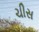
ચીસ